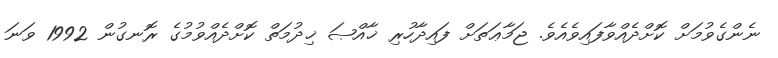
ނެންގެވުމަށް ކޮށްދެއްވާފައިވެއެވެ. ޖަމާޢަތަށް ފައިދާހުރި ޚާއްޞަ ޚިދުމަތް ކޮށްދެއްވުމުގެ ރޮނގުން 1992 ވަނަ